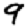
Digit: 9